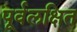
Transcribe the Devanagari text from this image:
पूर्वलक्षित